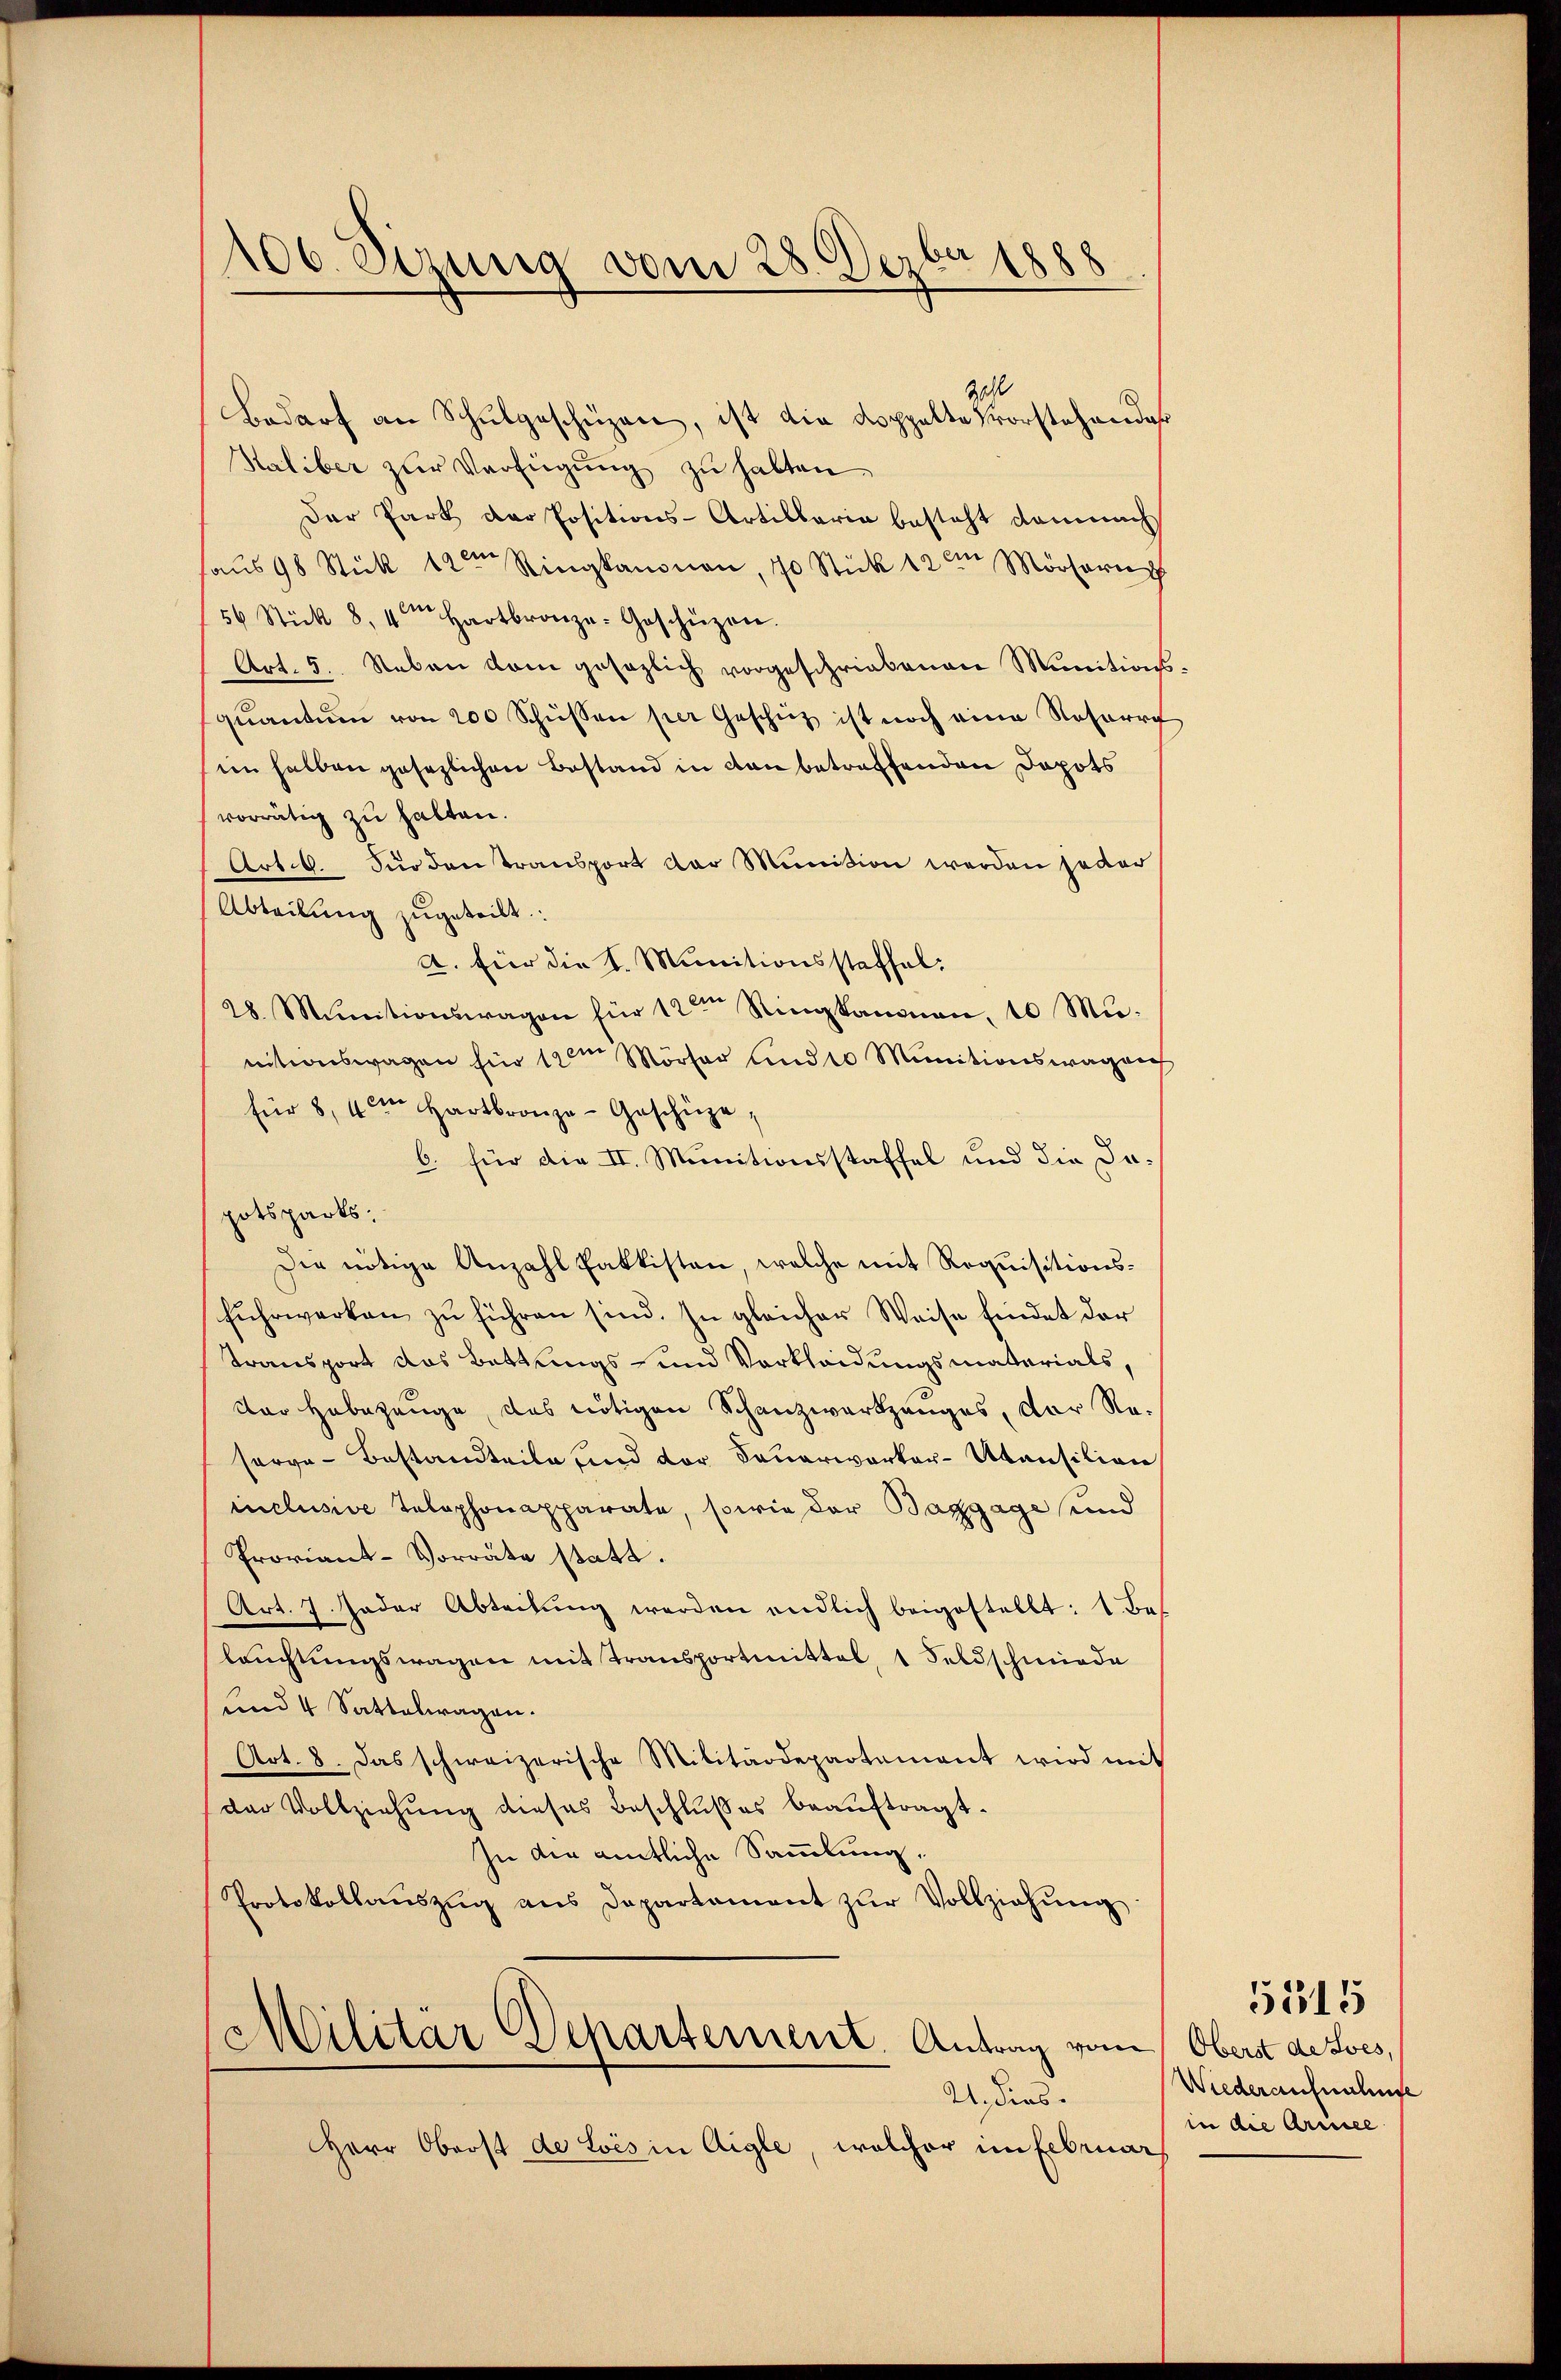
100. Sizung vom 28. Dezbr 1888

zall
Bedarf an Schulgeschüzen, ist die doppelte Vorstehendes
Haliber zŭr Verfügŭng zŭ halten.
Der Part der Positions-Artillaria besteht demnach
haŭs 98 Stück 12ten Ringkanonen, 10 Stück 12 am Mörsern
56 Stick 8, 4 Hartbronze-Geschüzen.
Art. 5. Neben vom gesezlich vorgeschriebenen Munitionsquantum von 200 Schüssen per Geschütz ist noch eine Rosarre
im halben gesezlichen Bestand in den betreffenden Depots
vorrätig zu halten.
Art. 6. Für den transport der Munition werden jeder
Abteilung zugeteilt.
A. Für die l. Munitionsstaffel:
28. Munitionswagen für 12ten Ringkanonen, 10 Munitionswagen für 12ten Mörter und 10 Minitionswager
für 8, 4 Hartbronze-Geschüze,
b. für die II. Munitionsstaffel und die Dopotsparts.
Die nötige Anzahl Pakkisten, welche mit Requisitionsfŭhrwerken zŭ führen sind. In gleicher Weise findet der
Transport das Bettungs- und Verkleidungsmaterials,
der Habezeuge, das nötigen Schanzwerkzeuges, der Re-
serve-Bestandteile und der Feuerwerker-Akansition
inclusive Telephonapparate, sowie der Baggage und
Proviant-Vorräte statt.
Art. 7. Jeder Abteilung werden endlich beigestellt: 1. Bes
leuchtungswagen mit Transportmittel, 1 Feldschmiede
und 4 Sattelwagen.
Art. 8. Das schweizerische Militärdepartement wird mit
der Vollziehung dieses Beschlußes beauftragt.
In die amtliche Sammlung.
Protokollaŭszŭg ans Departement zŭr Vollziehŭng.

(Militär Departement. Antrag vom Oberst desses,
4. dies

Herr Oberst de Lois in Aigle, welcher im Februar

Wiederaufnahme
in die Armee

5515